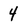
Character: 4